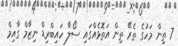
7 ތިން މަހުގެ ތެރޭ ތިން އަތޮޅެއްގައި ސޯލާ ހައިބްރިޑް ނިޒާމް ގާއިމް